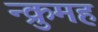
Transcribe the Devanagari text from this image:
न्क्रुमह